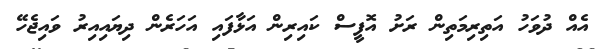
އެއް ދުވަހު އަތިރިމަތިން ރަށު އޮފީސް ކައިރިން އަޅާފައި އަހަރެން ދިޔައިއިރު ވައިޖެހޭ